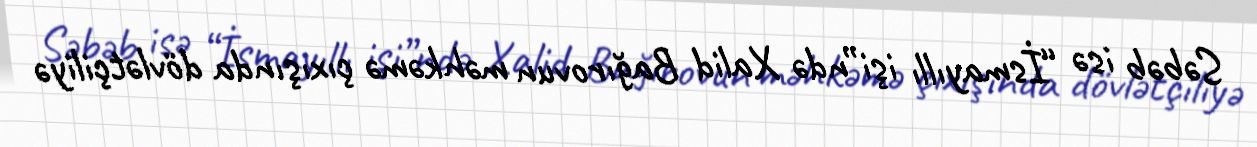
Səbəb isə “İsmayıllı işi”ndə Xalid Bağırovun məhkəmə çıxışında dövlətçiliyə